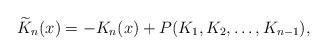
LaTeX: \begin{align*}\widetilde{K}_n(x) =-K_n(x) + P(K_1, K_2, \dots , K_{n-1}),\end{align*}